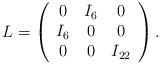
LaTeX: \begin{align*}L = \left(\begin{array} {ccc} 0 & I_6 & 0 \cr I_6 & 0 & 0 \cr 0 & 0 & I_{22}\end{array}\right).\end{align*}